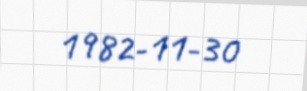
1982-11-30